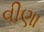
વીણા